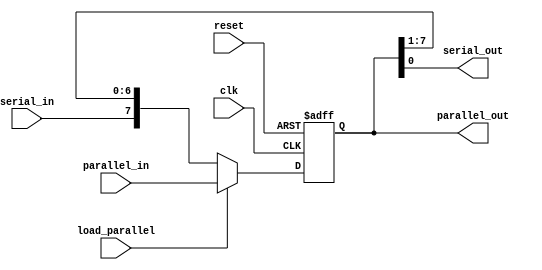
module ParameterizedShiftRegister #(
    parameter WIDTH = 8,                // Parameter for the width of the shift register
    parameter SHIFT_DIRECTION = 0       // 0 for right shift, 1 for left shift
)(
    input wire clk,                     // Clock signal
    input wire reset,                   // Asynchronous reset signal
    input wire serial_in,               // Serial input data
    input wire [WIDTH-1:0] parallel_in, // Parallel input data
    input wire load_parallel,            // Control signal to load parallel data
    output reg [WIDTH-1:0] parallel_out, // Parallel output data
    output reg serial_out                // Serial output data
);

    // Internal register to hold the shift register state
    reg [WIDTH-1:0] shift_reg;

    // Asynchronous reset and synchronous operation
    always @(posedge clk or posedge reset) begin
        if (reset) begin
            shift_reg <= {WIDTH{1'b0}};  // Initialize all bits to 0
        end else if (load_parallel) begin
            shift_reg <= parallel_in;    // Load parallel input
        end else begin
            if (SHIFT_DIRECTION) begin
                // Left shift
                shift_reg <= {shift_reg[WIDTH-2:0], serial_in}; // Shift left and insert serial input
            end else begin
                // Right shift
                shift_reg <= {serial_in, shift_reg[WIDTH-1:1]}; // Shift right and insert serial input
            end
        end
    end

    // Output assignments
    assign parallel_out = shift_reg;       // Parallel output
    assign serial_out = (SHIFT_DIRECTION) ? shift_reg[WIDTH-1] : shift_reg[0]; // Serial output

endmodule